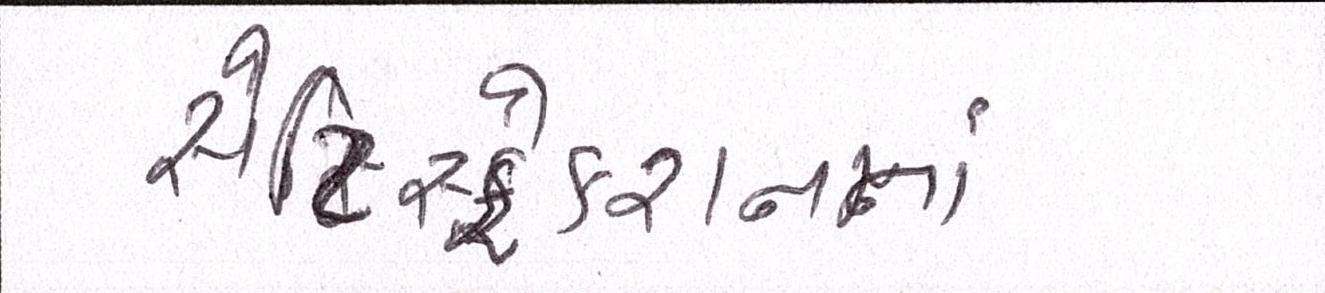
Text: સેટિસ્ફેક્શનનાં